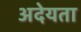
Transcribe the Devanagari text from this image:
अदेयता